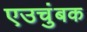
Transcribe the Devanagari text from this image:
एउचुंबक